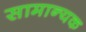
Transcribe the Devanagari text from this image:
सामान्यक